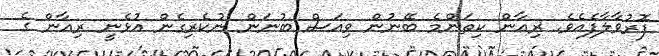
ފޮރުވާލާފެއެވެ. ރިއާން ކިތަންމެ ބޭނުން ވިއަސް ބުނަން ނުކެރިގެން އުޅެނީ ރިއާން ގެ